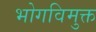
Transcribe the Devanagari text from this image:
भोगविमुक्त